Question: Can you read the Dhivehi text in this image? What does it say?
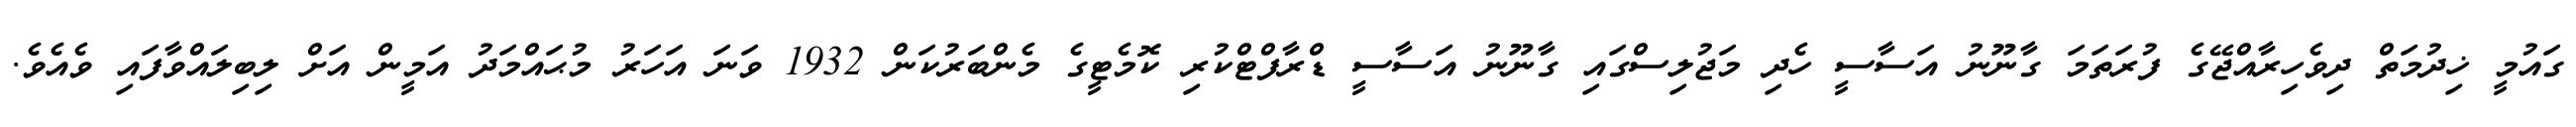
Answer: ގައުމީ ޚިދުމަތް ދިވެހިރާއްޖޭގެ ފުރަތަމަ ގާނޫނު އަސާސީ ހެދި މަޖުލިސްގައި ގާނޫނު އަސާސީ ޑްރާފްޓްކުރި ކޮމެޓީގެ މެންބަރުކަން 1932 ވަނަ އަހަރު މުޙައްމަދު އަމީން އަށް ލިބިލައްވާފައި ވެއެވެ.